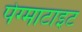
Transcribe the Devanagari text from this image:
पेग्माटाइट